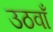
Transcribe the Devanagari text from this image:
उठवाँ